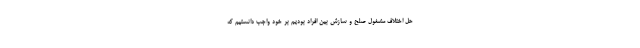
حل اختلاف مشغول صلح و سازش بین افراد بودیم بر خود واجب دانستیم که